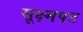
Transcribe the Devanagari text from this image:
सूक्ष्मपट